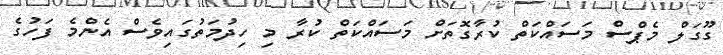
ގޫގަލް މެޕްސް މަސައްކަތް ކުރާގޮތަށް މަސައްކަތް ކުރާ މި ހިދުމަތުގައިވެސް އެންމެ ފަހުގެ